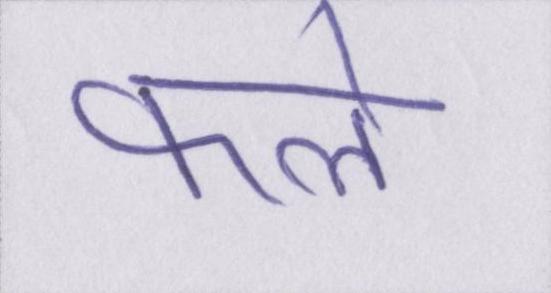
फले